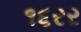
૧૬રર